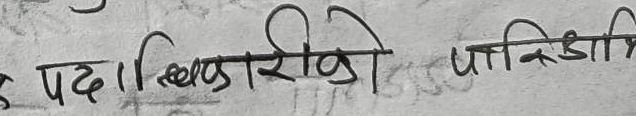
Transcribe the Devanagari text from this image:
पद। खिलखिरिको पाकिसडालि